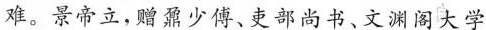
难。景帝立，赠鼐少傅、吏部尚书、文渊阁大学